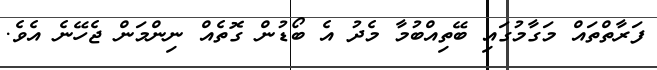
ފަރާތްތައް މަގާމުގައި ބޭތިއްބުމާ މެދު އެ ބޯޑުން ގޮތެއް ނިންމަން ޖެހޭނެ އެވެ.